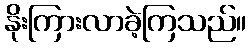
နိုးကြားလာခဲ့ကြသည်။